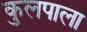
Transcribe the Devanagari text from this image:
कुलपाला